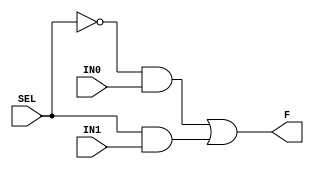
`timescale 1ns / 1ps
// synopsys template

module MUX
( 
  IN0, 
  IN1,
  SEL, 
  F 
);

  input IN0, IN1, SEL;
  output F;

  assign F  = (~SEL&IN0)|(SEL&IN1);

endmodule

module HADDER
( 
  IN0, 
  IN1,
  SUM, 
  COUT 
);

  input IN0, IN1;
  output SUM, COUT;

  assign SUM  = IN0^IN1;
  assign COUT = IN0&IN1;

endmodule

module FADDER
( 
  IN0, 
  IN1, 
  CIN, 
  COUT, 
  SUM 
);

  input IN0, IN1, CIN;
  output COUT, SUM;

  assign SUM  = IN0^IN1^CIN;
  assign COUT = ((CIN&IN0)|(CIN&IN1)|(IN0&IN1));

endmodule

module AND
( 
  A, 
  B,
  Z
);

  input A, B;
  output Z;

  assign Z = A&B;

endmodule

module ANDN
( 
  A, 
  B,
  Z
);

  input A, B;
  output Z;

  assign Z = A&~B;

endmodule

module NAND
( 
  A, 
  B,
  Z
);

  input A, B;
  output Z;

  assign Z = ~(A&B);

endmodule

module NANDN
( 
  A, 
  B,
  Z
);

  input A, B;
  output Z;

  assign Z = ~(A&~B);

endmodule

module OR
( 
  A, 
  B,
  Z
);

  input A, B;
  output Z;

  assign Z = A|B;

endmodule

module ORN
( 
  A, 
  B,
  Z
);

  input A, B;
  output Z;

  assign Z = A|~B;

endmodule

module NOR
( 
  A, 
  B,
  Z
);

  input A, B;
  output Z;

  assign Z = ~(A|B);

endmodule

module NORN
( 
  A, 
  B,
  Z
);

  input A, B;
  output Z;

  assign Z = ~(A|~B);

endmodule

module XOR
( 
  A, 
  B,
  Z
);

  input A, B;
  output Z;

  assign Z = A^B;

endmodule

module XNOR
( 
  A, 
  B,
  Z
);

  input A, B;
  output Z;

  assign Z = ~(A^B);

endmodule

module IV
( 
  A,
  Z
);

  input A;
  output Z;

  assign Z = ~A;

endmodule


module DFF
( 
  CLK,
  RST,
  D,
  I, 
  Q
);

  input CLK, RST, D, I;
  output Q;

  reg Q;

  always @(posedge CLK or posedge RST) begin
    if (RST) begin
      Q <= I;
    end else begin
      Q <= D;
    end
  end

endmodule